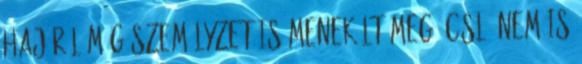
hajóról még személyzet is menekült meg. CSL: Nem is